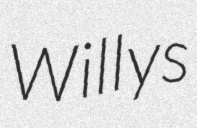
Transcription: Willys